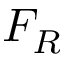
F _ { R }